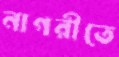
নাগরীতে